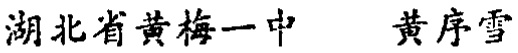
湖北省黄梅一中 黄序雪